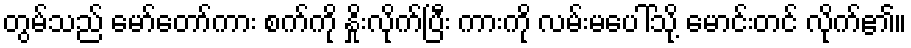
တွမ်သည် မော်တော်ကား စက်ကို နှိုးလိုက်ပြီး ကားကို လမ်းမပေါ်သို့ မောင်းတင် လိုက်၏။